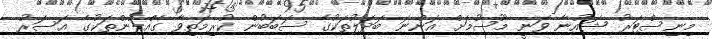
މިނިސްޓަރު ޝައުނާ ވަނީ މޫސުމަށް އަންނަ ބަދަލުތަކުގެ ސަބަބުން ކުރިމަތިވާ ގެއްލުންތަކުގެ އަސަރު